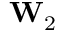
\mathbf { W } _ { 2 }